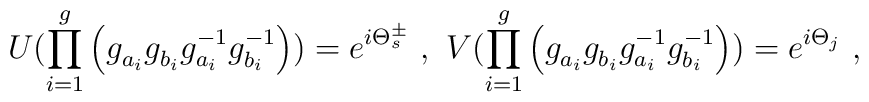
U(\prod_{i=1}^{g} \left(g_{a_i}^{~} g_{b_i}^{~} g_{a_i}^{-1} g_{b_i}^{-1}\right)) =e^{i\Theta_s^{\pm}}~,~V(\prod_{i=1}^{g} \left(g_{a_i}^{~} g_{b_i}^{~} g_{a_i}^{-1} g_{b_i}^{-1}\right)) =e^{i\Theta_j}~,